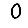
Digit: 0